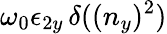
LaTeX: \omega_{0}\epsilon_{2y}\, \delta((n_{y})^{2})